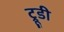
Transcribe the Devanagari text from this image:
ट्रूडी